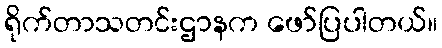
ရိုက်တာသတင်းဌာနက ဖော်ပြပါတယ်။